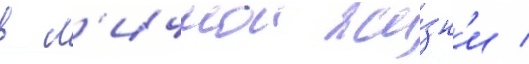
в л'ичнои жи́зн'и /